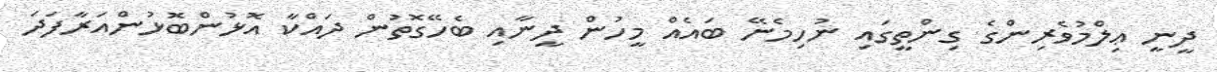
ދީނީ ޢިލްމުވެރިންގެ ގިންތީގައި ނުހިމެނޭ ބައެއް މީހުން ދީނާއި ބެހޭގޮތުން ދައްކާ އޮޅުންބޮޅުންއަރާފަދަ